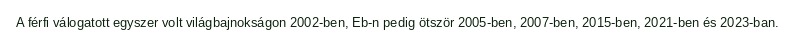
A férfi válogatott egyszer volt világbajnokságon 2002-ben, Eb-n pedig ötször 2005-ben, 2007-ben, 2015-ben, 2021-ben és 2023-ban.